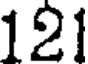
121